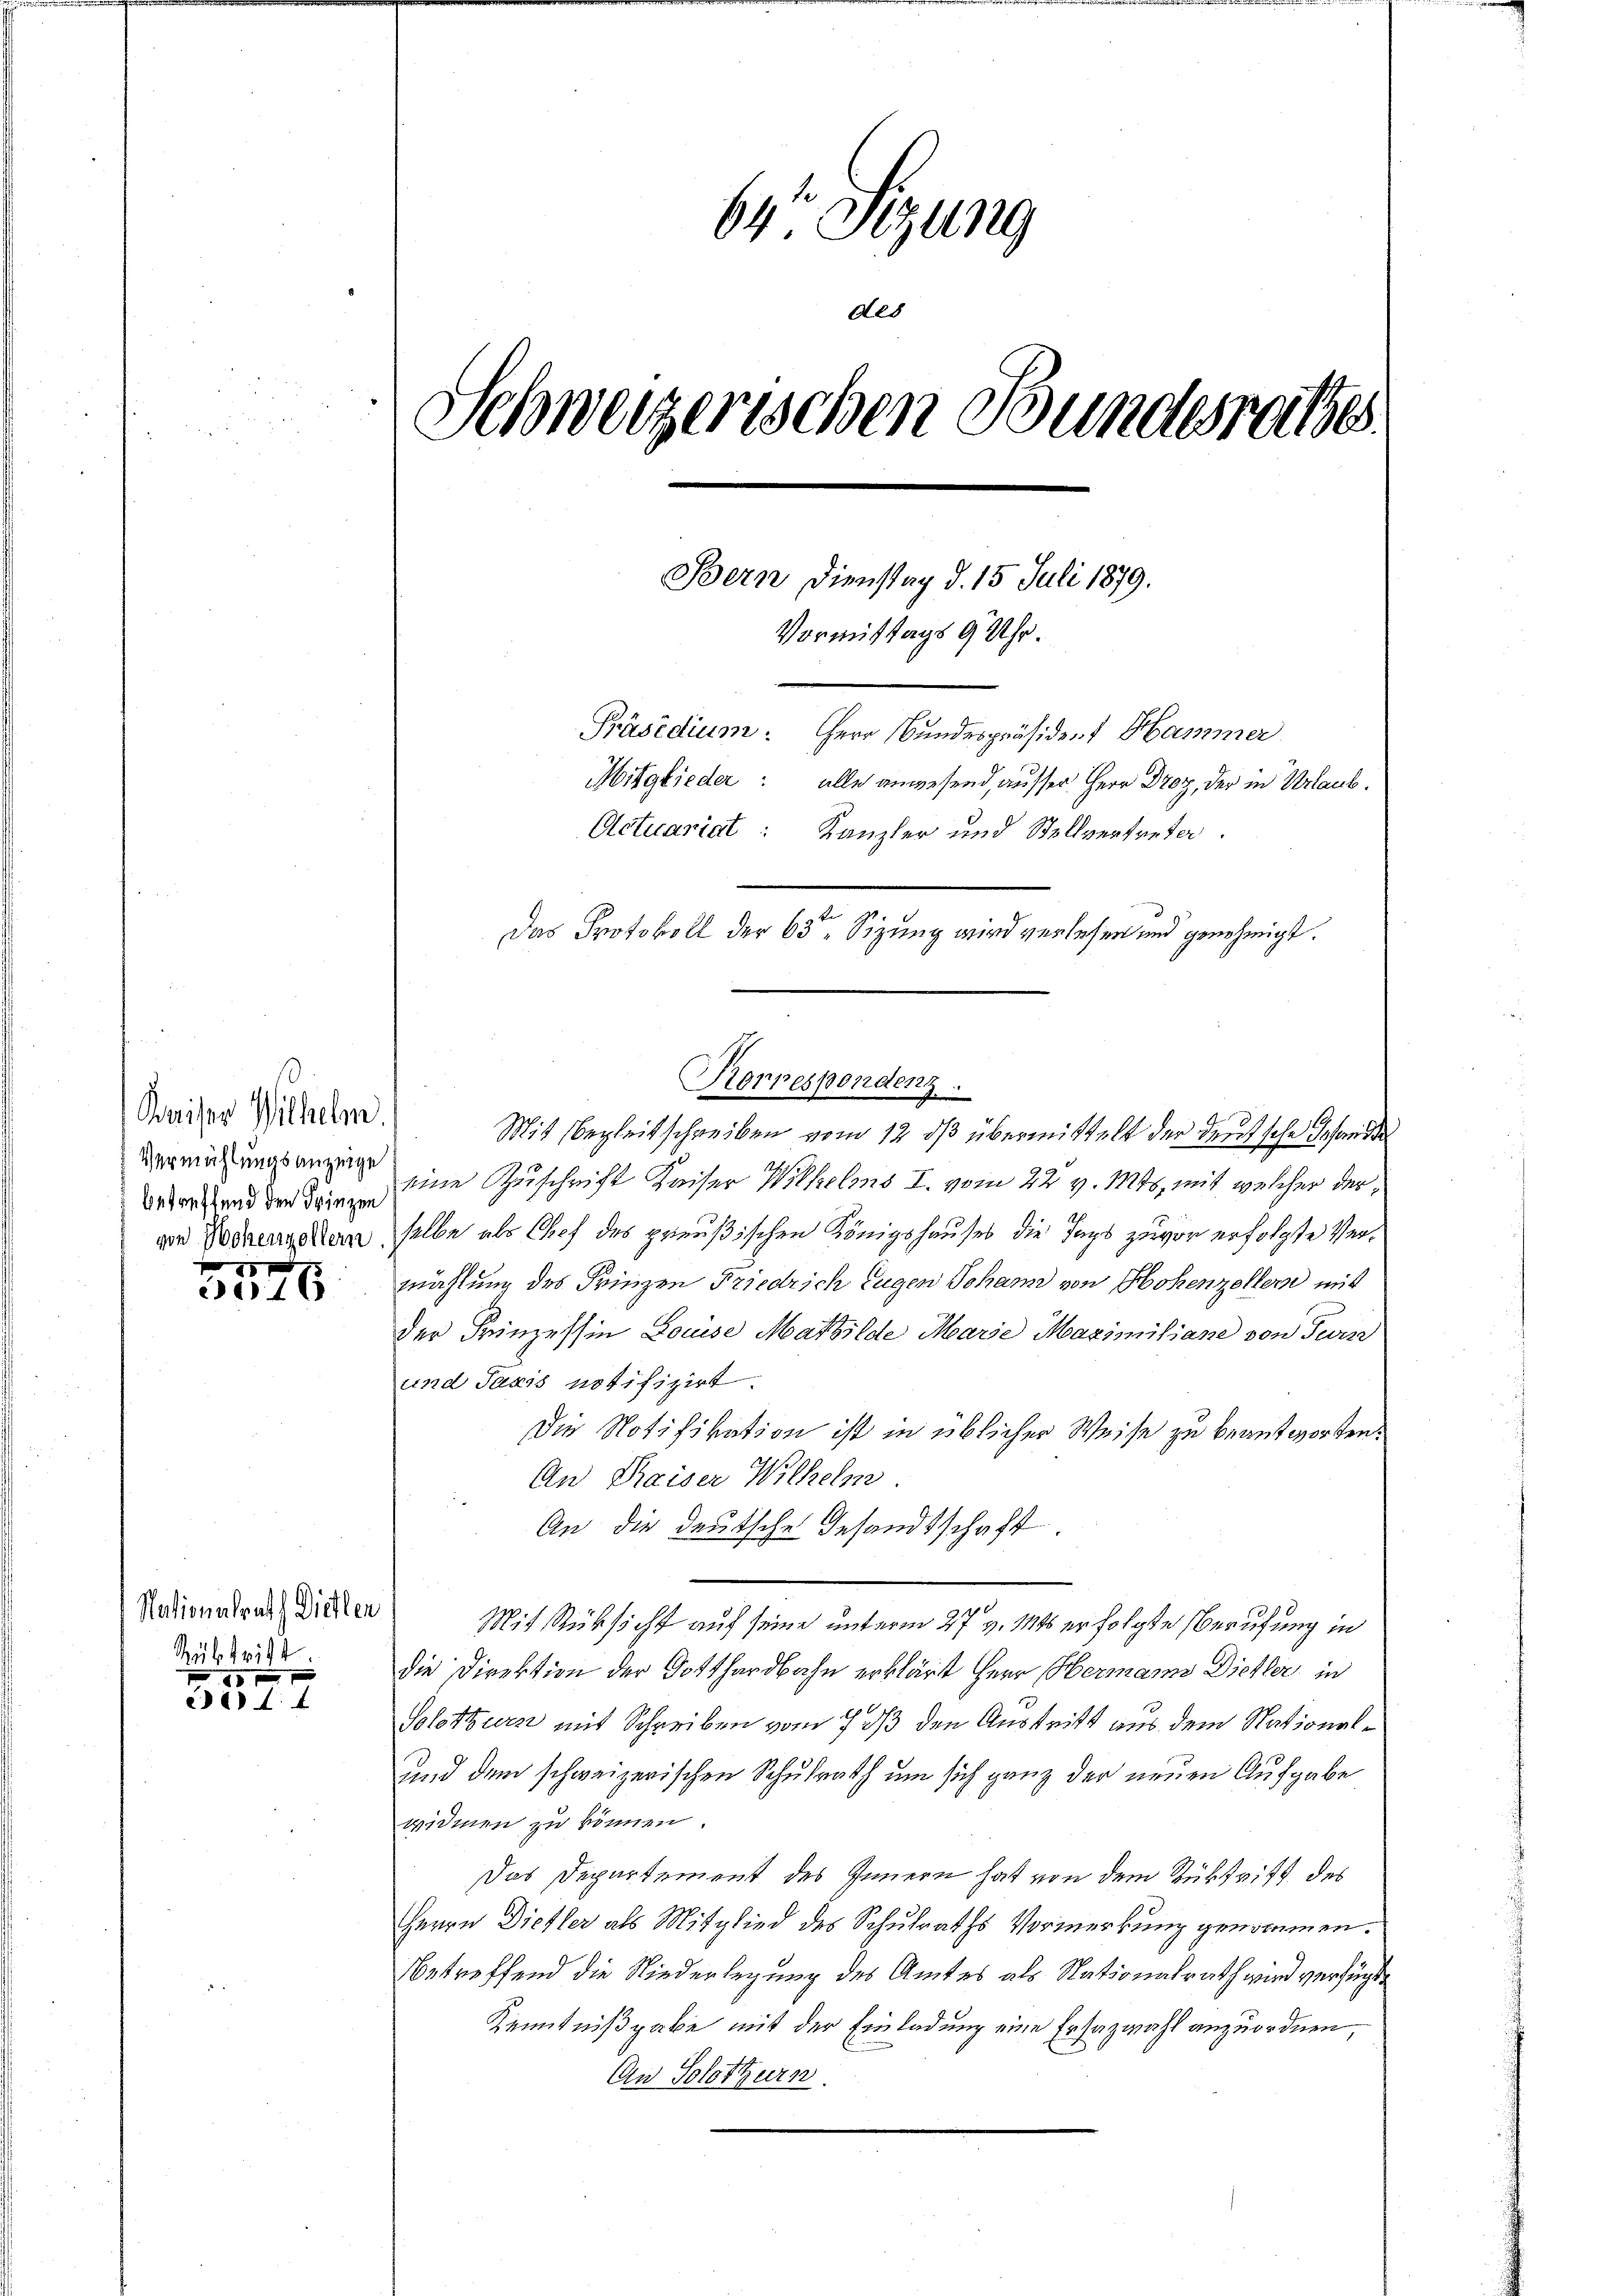
Kaiser Wilhelm.
betreffend den Friezen
von Hohenzollern

x
316

11 f 0 x
ee 1. 4

Nationalrath Diellen
144
Rub
17

64 Sizung
des
Schweizerischen Bundesrathes
Bern Dienstag d. 15. Juli 1879.
Vormittags 9 Uhr.
Präsidium. Herr Bundespräsident Hammer
Mitglieder: alle anwesend, ausser Herr Droz, der in Urlaub¬
Actuariat: Kanzler und Stellvertreten.
7.
Das Protokoll der 6ten Sizung wird verlesen und genehmigt.

Mit Begleitschreiben vom 12. dβ übermittelt der deutsche Gesandte
mung eine Zuschrift Kaiser Wilhelms I. vom 22. v. Mts., mit welcher derselbe als Chef des preußischen Königshauses die Tags zuvor erfolgte Vermählung des Frinzen Friedrich Eugen Johann von Hohenzellem mit
der Frinzessin Louise Mathilde Marse Maximiliane von Fern
und Taxis notifizirt.
Die Notifikation ist in üblicher Weise zu beantworten.
An Kaiser Wilhelm
An die deutsche Gesandtschaft.
Mit Rücksicht auf seine unterm 27. v. Mts. erfolgte Berufung in
die Direktion der Gotthardbahn erklärt Herr Hermann Diehler in
Solothurn mit Schreiben vom 7 1/3 den Austritt aus dem National¬
und dem schweizerischen Schulrath um sich ganz der neuen Aufgabe
widmen zu können.
Das Departement des Innern hat von dem Rücktritt des
Herrn Dietler als Mitglied des Schulraths Vormerkung genommen.
Betreffend die Niederlegung des Amtes als Nationalrath wird verfügt,
Kenntnißgabe mit der Einladung eine Ersazwahl anzuordnen,
An Solothurn.

Korrespondenz